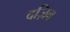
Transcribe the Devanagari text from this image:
दज़िब